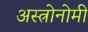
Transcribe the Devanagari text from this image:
अस्त्रोनोमी